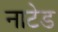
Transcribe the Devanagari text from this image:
नाटेड